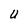
Character: U